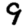
Digit: 9